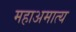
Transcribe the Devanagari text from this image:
महाअमात्य